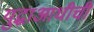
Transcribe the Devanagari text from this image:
युद्धाआधीची